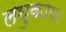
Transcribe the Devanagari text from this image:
लघुकाय।